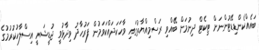
ބައެއްކެންޑިޑޭޓުންނަށް ޓިކެޓް ދިނުމަށް ބޭއްވި ރަސްމިއްޔާތުގައި ވާހަކަދައްކަވަމުން ފަރުހާދު ވިދާޅުވީ ޖުޑީޝަރީ އިސްލާހުކުރުމުގެ